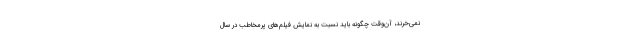
نمی‌خرند، آن‌وقت چگونه باید نسبت به نمایش فیلم‌های پرمخاطب در سال